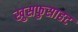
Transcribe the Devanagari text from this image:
खुसफुसाहट